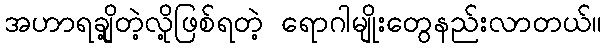
အဟာရချို့တဲ့လို့ဖြစ်ရတဲ့ ရောဂါမျိုးတွေနည်းလာတယ်။